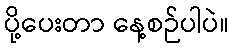
ပို့ပေးတာ နေ့စဉ်ပါပဲ။